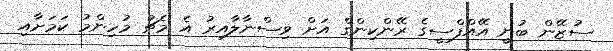
ސުޒޭން ބުނީ އޭއްފްސީގެ ރޭންކިންގް އަށް ވިސްނާލާއިރު އެ މެޗު މުހިންމު ކަމަށާއި